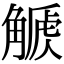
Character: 𧤫